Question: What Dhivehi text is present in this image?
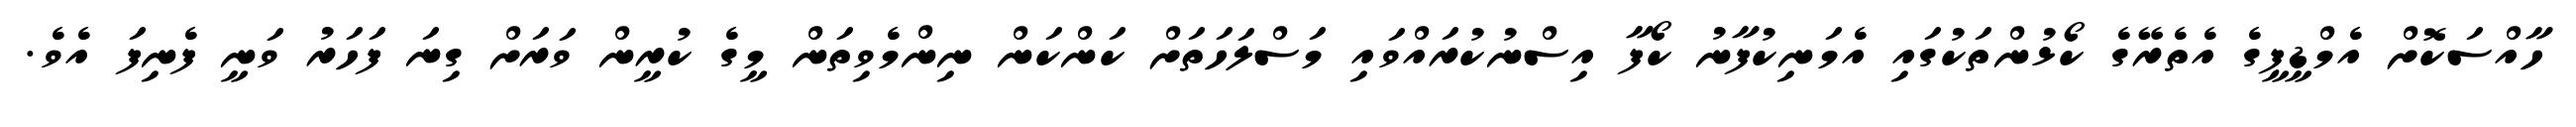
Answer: ހާއްސަކޮށް އެމްޑީޕީގެ އެތެރޭގެ ކޯޅުންތަކުގައި އެމަނިކުފާނު ކޯފާ އިސްނުކުރައްވައި މަސްލަހަތަށް ކަންކަން ނިންމެވިތަން މީގެ ކުރީން ވަރަށް ގިނަ ފަހަރު ވަނީ ފެނިފަ އެވެ.